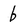
Character: b